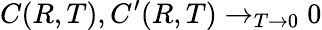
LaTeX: C(R,T),C^{\prime}(R,T)\to_{T\to 0}0